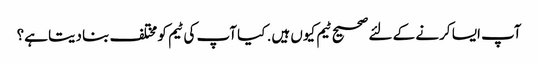
آپ ایسا کرنے کے لئے صحیح ٹیم کیوں ہیں. کیا آپ کی ٹیم کو مختلف بنا دیتا ہے؟